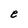
Character: e